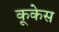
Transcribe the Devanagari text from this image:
कूकेस